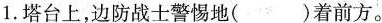
1.塔台上，边防战士警惕地( )着前方。